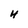
Character: H